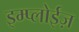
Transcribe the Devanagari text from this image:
इम्प्लोईज़